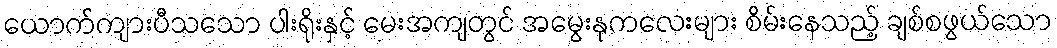
ယောက်ကျားပီသသော ပါးရိုးနှင့် မေးအကျတွင် အမွေးနုကလေးများ စိမ်းနေသည့် ချစ်စဖွယ်သော